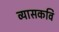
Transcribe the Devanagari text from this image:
व्यासकवि